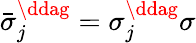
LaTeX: \bar{\sigma}_{j}^{\ddag}=\sigma_{j}^{\ddag}\sigma